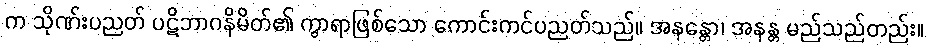
က သိုဏ်းပညတ် ပဋိဘာဂနိမိတ်၏ ကွာရာဖြစ်သော ကောင်းကင်ပညတ်သည်။ အနန္တော၊ အနန္တ မည်သည်တည်း။